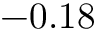
- 0 . 1 8